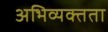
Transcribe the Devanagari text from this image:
अभिव्यक्तता